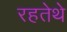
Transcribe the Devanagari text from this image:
रहतेथे